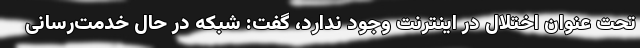
تحت عنوان اختلال در اینترنت وجود ندارد، گفت: شبکه در حال خدمت‌رسانی